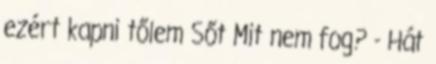
ezért kapni tőlem Sőt Mit nem fog? - Hát